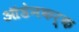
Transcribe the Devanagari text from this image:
ऑडेनकर्क